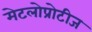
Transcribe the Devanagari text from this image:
मेटलोप्रोटीज